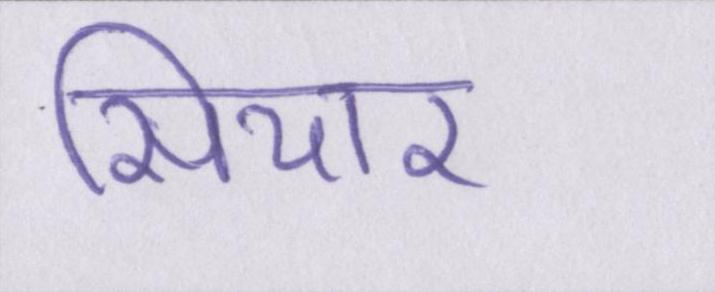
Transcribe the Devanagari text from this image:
सियार